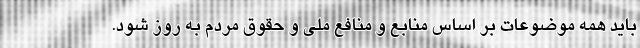
بايد همه موضوعات بر اساس منابع و منافع ملي و حقوق مردم به روز شود.